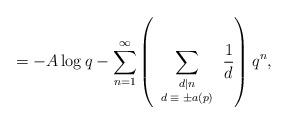
LaTeX: \begin{align*}=-A\log q-\sum^{\infty}_{n=1}\left(\sum_{\scriptsize \begin{array}{cc}d|n\\d\equiv\pm a(p)\end{array}\normalsize}\frac{1}{d}\right)q^{n},\end{align*}